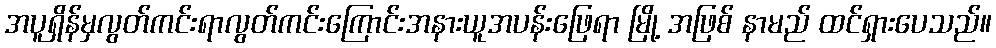
အပူရှိန်မှလွတ်ကင်းရာလွတ်ကင်းကြောင်းအနားယူအပန်းဖြေရာ မြို့ အဖြစ် နာမည် ထင်ရှားပေသည်။